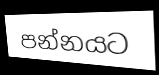
පන්නයට